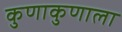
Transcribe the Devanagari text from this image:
कुणाकुणाला